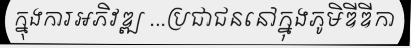
ក្នុងការអភិវឌ្ឍ ...ប្រជាជននៅក្នុងភូមិឌីឌីកា